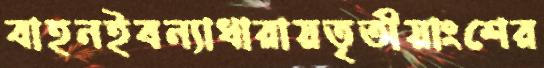
বাহনইবন্যাধারায়তৃতীয়াংশের